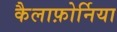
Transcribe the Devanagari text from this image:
कैलाफ़ोर्निया